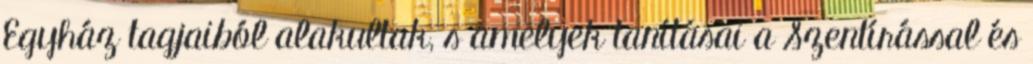
Egyház tagjaiból alakultak, s amelyek tanításai a Szentírással és